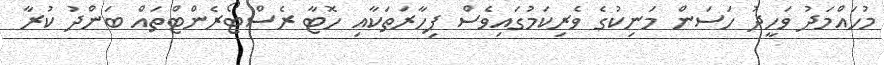
މުހައްމަދު ވަހީދު ހަސަން މަނިކުގެ ވެރިކަމުގައިވެސް ފިހާރަތަކާއި ހޮޓާ ރެސްޓޯރެންޓްތައް ބަންދު ކުރާ